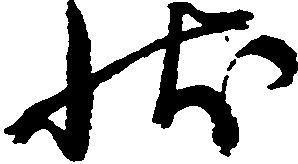
状